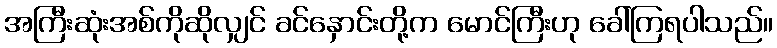
အကြီးဆုံးအစ်ကိုဆိုလျှင် ခင်နှောင်းတို့က မောင်ကြီးဟု ခေါ်ကြရပါသည်။